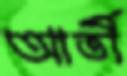
আর্তী